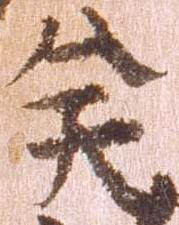
矣